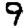
Digit: 9